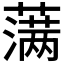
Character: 𮶷